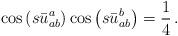
LaTeX: \begin{align*}\cos\left(s\bar{u}_{ab}^{a}\right)\cos\left(s\bar{u}_{ab}^{b}\right)=\frac{1}{4}\,.\end{align*}